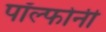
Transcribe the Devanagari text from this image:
पॉल्फोनी